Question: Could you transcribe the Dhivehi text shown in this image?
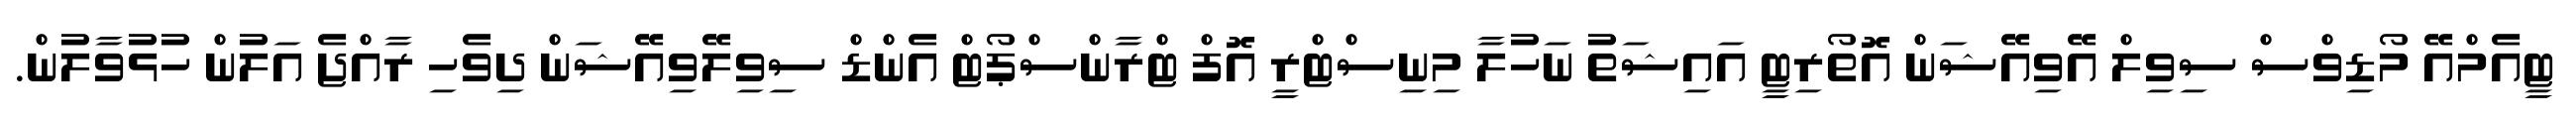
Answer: ޓީއެމްއޭ މޯޑިވްސް ސިވިލް އޭވިއޭޝަން އޮތޯރިޓީ އައިޝަތު ނަހުލާ މިނިސްޓްރީ އޮފް ޓްރާންސްޕޯޓް އެންޑް ސިވިލޭވިއޭޝަން ދިވެހި ރާއްޖެ އަލުން ހުޅުވާލުން.